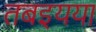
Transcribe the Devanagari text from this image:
तबइयया